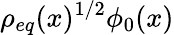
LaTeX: \rho_{eq}(x)^{1/2}\phi_{0}(x)